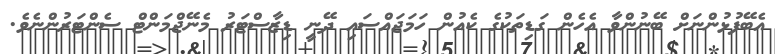
އެބޭފުޅުންނަށް ބޭނުންވާ އެހެން ގަޑިތަކުގެ ކެއުން ހަމަޖައްސައި ދޭނީ ޑިޒާސްޓަރު މެނޭޖްމަންޓް ސެންޓަރުންނެވެ.